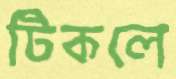
টিকলে